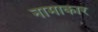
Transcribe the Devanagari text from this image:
नामाकार